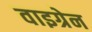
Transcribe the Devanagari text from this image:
वाइग्रेन